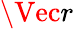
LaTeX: \Vec{r}